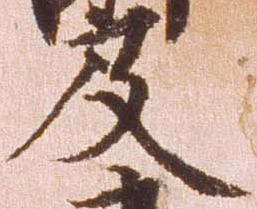
及